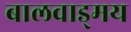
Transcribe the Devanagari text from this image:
बालवाड्मय